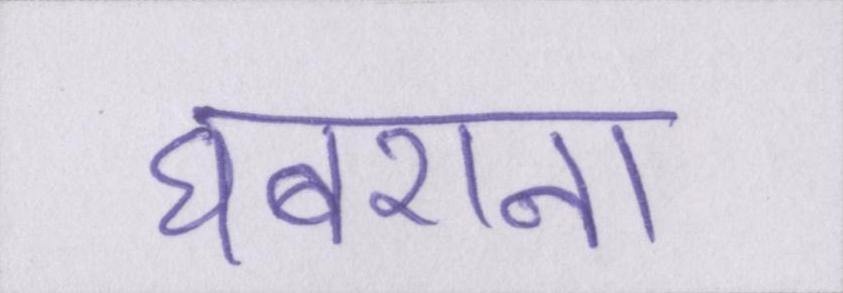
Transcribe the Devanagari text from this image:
घबराना